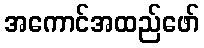
အကောင်အထည်ဖော်